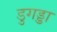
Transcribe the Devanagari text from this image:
डुगड्डा